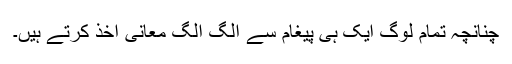
چنانچہ تمام لوگ ایک ہی پیغام سے الگ الگ معانی اخذ کرتے ہیں۔